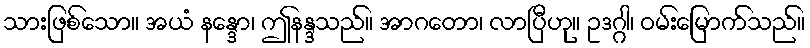
သားဖြစ်သော။ အယံ နန္ဒော၊ ဤနန္ဒသည်။ အာဂတော၊ လာပြီဟု။ ဥဒဂ္ဂါ၊ ဝမ်းမြောက်သည်။